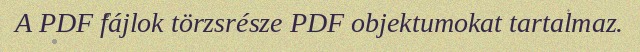
A PDF fájlok törzsrésze PDF objektumokat tartalmaz.